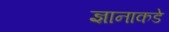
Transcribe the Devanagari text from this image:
ज्ञानाकडे